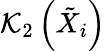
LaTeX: \mathcal{K}_{2}\left(\tilde{{X}}_{i}\right)